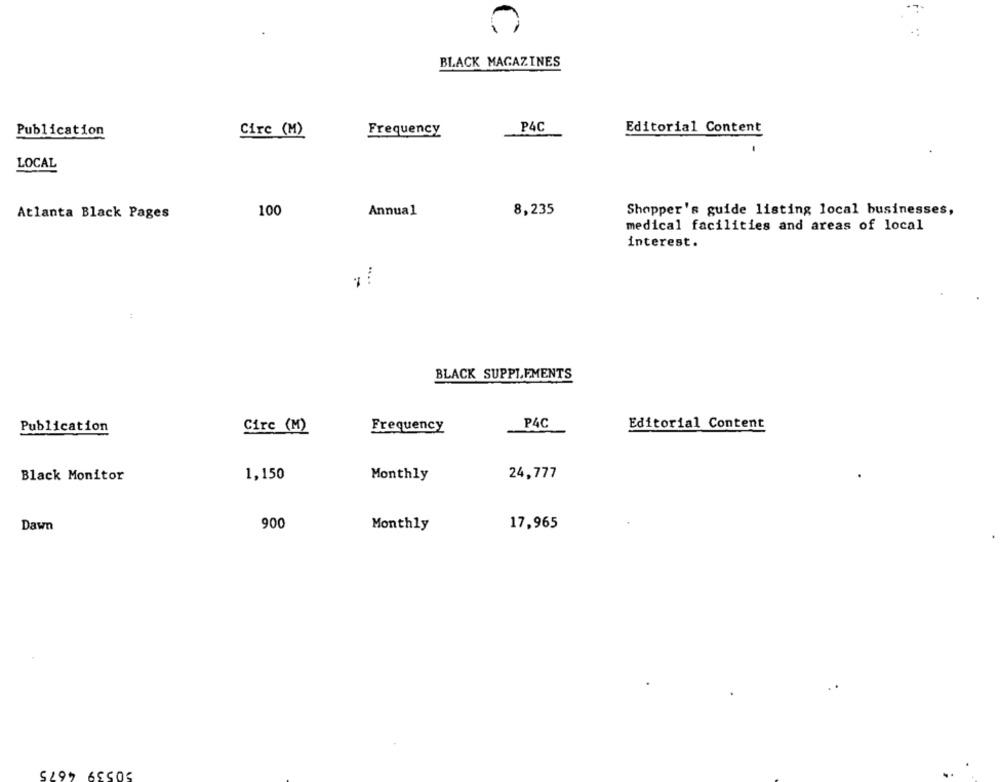
BLACK MAGAZINES
Publication
Cire (M)
Frequency
P4C
Editorial Content
LOCAL
100
Annual
8,235
Shopper's guide listing local businesses,
Atlanta Black Pages
medical facilities and areas of local
interest.
-
BLACK SUPPLEMENTS
Publication
Cire (M)
Frequency
P4C
Editorial Content
Black Monitor
1,150
Monthly
24,777
900
17,965
Dawn
Monthly
5299 65505